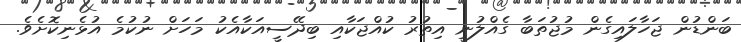
ބަންޑުން ޖަހާލައިގެން މުޖުތަބާ ގެއްލުނީ އިތުރު ކުއްޖަކާއި ބިދޭސީއަކާއެކު މަހަށް ނުކުމެ އުޅެނިކޮށެވެ.